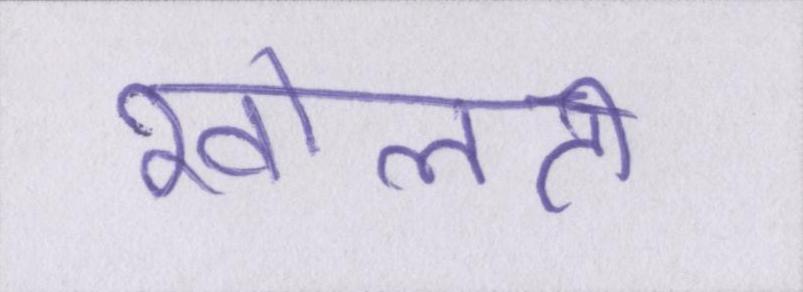
खोलती